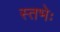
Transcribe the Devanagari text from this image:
स्तभेः